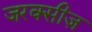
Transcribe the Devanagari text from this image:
जरक्सीज़